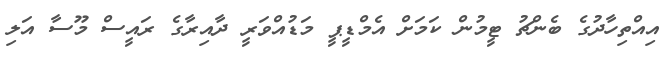
އިއްތިހާދުގެ ބެންޗު ޓީމުން ކަމަށް އެމްޑީޕީ މަޑުއްވަރީ ދާއިރާގެ ރައީސް މޫސާ އަލި